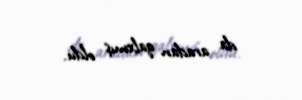
da aradan qalxmış oldu.